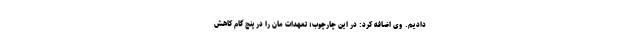
دادیم. وی اضافه کرد: در این چارچوب؛ تعهدات مان را در پنج گام کاهش